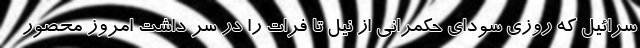
سرائیل که روزی سودای حکمرانی از نیل تا فرات را در سر داشت امروز محصور